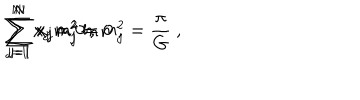
LaTeX: \sum _ { j = 1 } ^ { N } x _ { j } = 0 ~ , \hspace { 1 c m } \sum _ { j = 1 } ^ { N } x _ { j } m _ { j } ^ { 2 } = 0 ~ , \hspace { 1 c m } \sum _ { j = 1 } ^ { N } x _ { j } m _ { j } ^ { 2 } \ln m _ { j } ^ { 2 } = { \frac { \pi } { G } } ~ ,